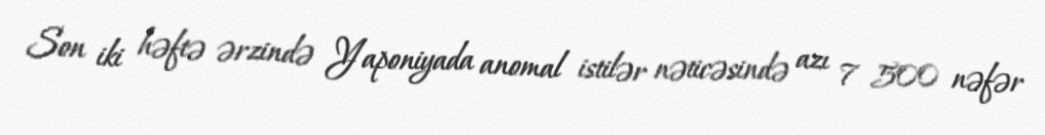
Son iki həftə ərzində Yaponiyada anomal istilər nəticəsində azı 7 500 nəfər